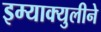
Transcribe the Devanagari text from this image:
इम्‍याक्‍युलीने